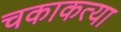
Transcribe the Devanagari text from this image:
चकाकत्या